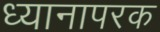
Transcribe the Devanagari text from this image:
ध्यानापरक